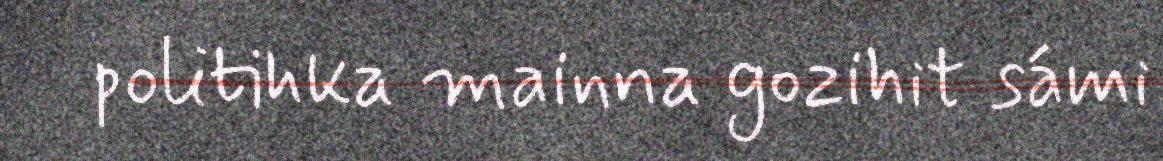
politihka mainna gozihit sámi